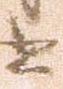
書